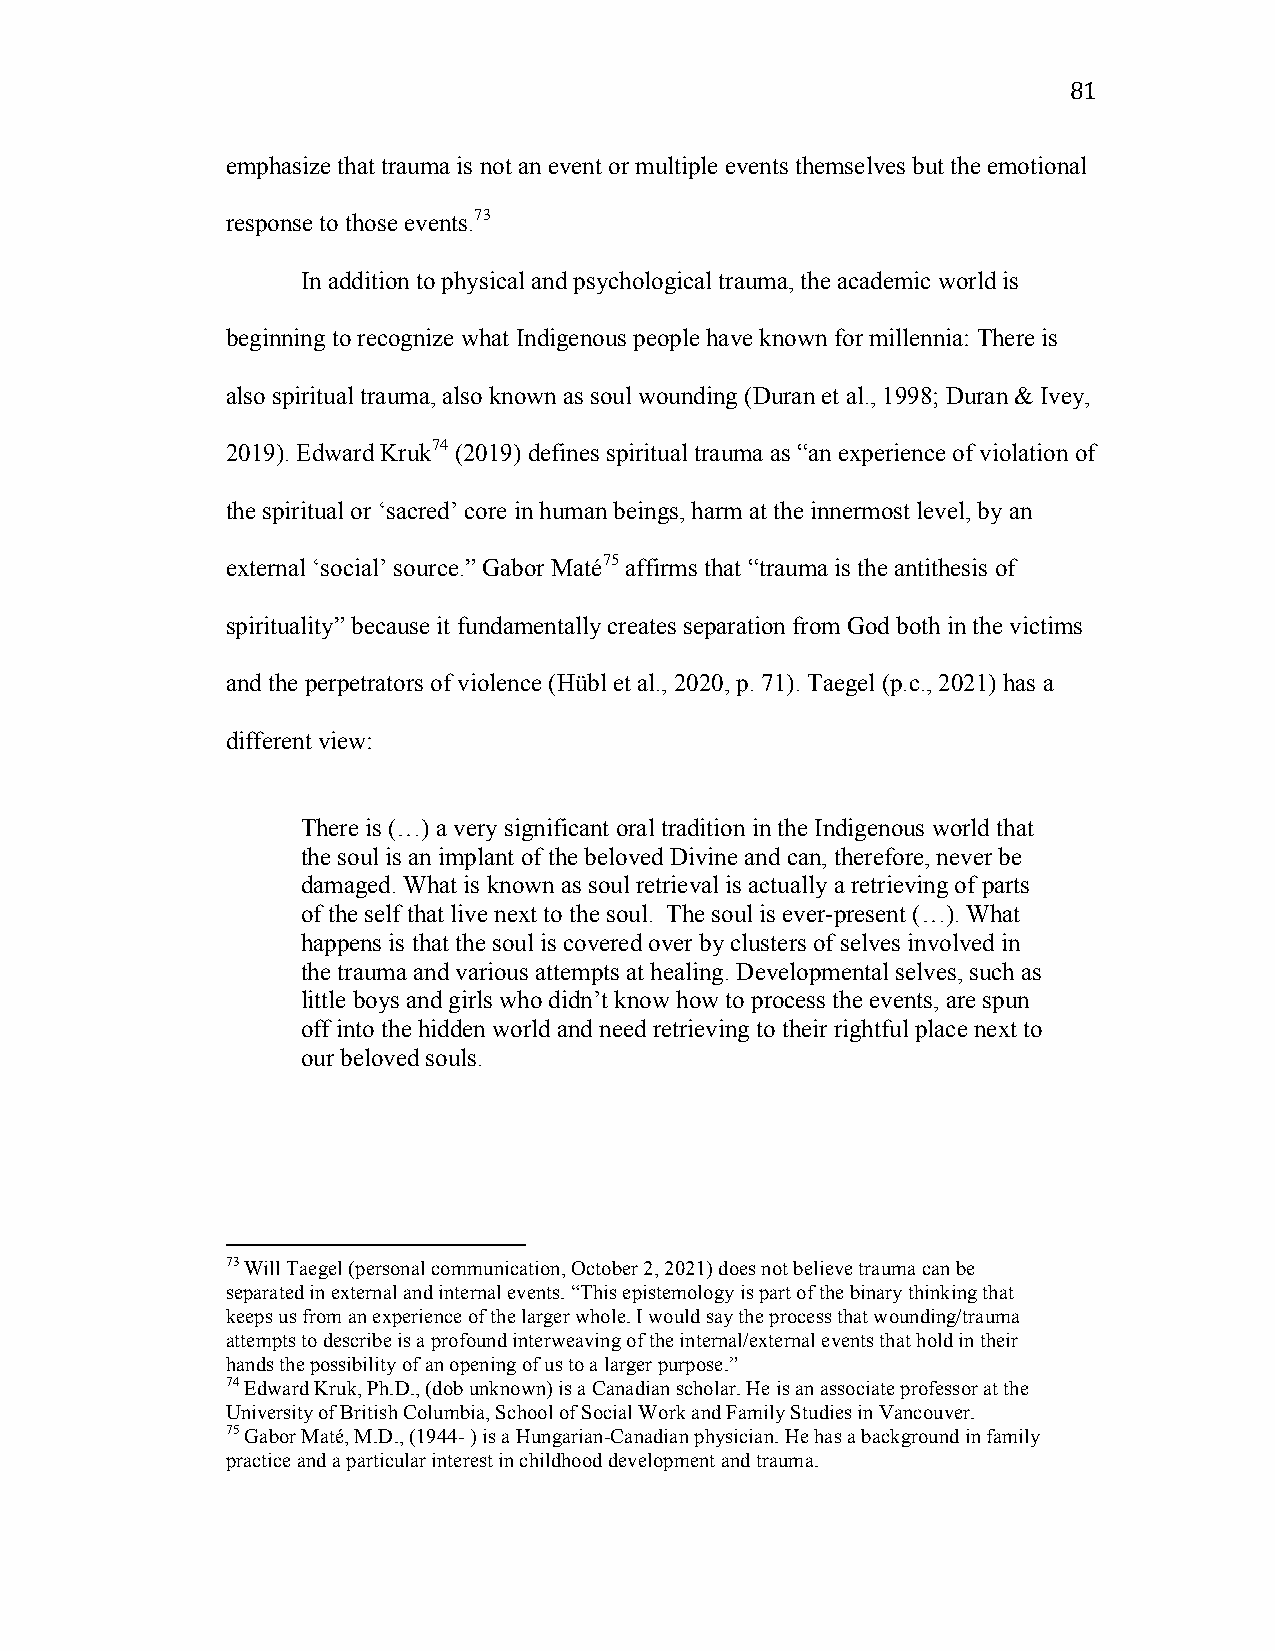
81
 emphasize that trauma is not an event or multiple events themselves but the emotional
 response to those events.73
 In addition to physical and psychological trauma, the academic world is
 beginning to recognize what Indigenous people have known for millennia: There is
 also spiritual trauma, also known as soul wounding (Duran et al., 1998; Duran & Ivey,
 2019). Edward Kruk74 (2019) defines spiritual trauma as “an experience of violation of
 the spiritual or ‘sacred’ core in human beings, harm at the innermost level, by an
 external ‘social’ source.” Gabor Maté75 affirms that “trauma is the antithesis of
 spirituality” because it fundamentally creates separation from God both in the victims
 and the perpetrators of violence (Hübl et al., 2020, p. 71). Taegel (p.c., 2021) has a
 different view:
 There is (…) a very significant oral tradition in the Indigenous world that
 the soul is an implant of the beloved Divine and can, therefore, never be
 damaged. What is known as soul retrieval is actually a retrieving of parts
 of the self that live next to the soul. The soul is ever-present (…). What
 happens is that the soul is covered over by clusters of selves involved in
 the trauma and various attempts at healing. Developmental selves, such as
 little boys and girls who didn’t know how to process the events, are spun
 off into the hidden world and need retrieving to their rightful place next to
 our beloved souls.
 73 Will Taegel (personal communication, October 2, 2021) does not believe trauma can be
 separated in external and internal events. “This epistemology is part of the binary thinking that
 keeps us from an experience of the larger whole. I would say the process that wounding/trauma
 attempts to describe is a profound interweaving of the internal/external events that hold in their
 hands the possibility of an opening of us to a larger purpose.”
 74 Edward Kruk, Ph.D., (dob unknown) is a Canadian scholar. He is an associate professor at the
 University of British Columbia, School of Social Work and Family Studies in Vancouver.
 75 Gabor Maté, M.D., (1944- ) is a Hungarian-Canadian physician. He has a background in family
 practice and a particular interest in childhood development and trauma.